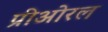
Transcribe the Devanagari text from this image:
प्रीओरल